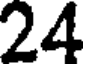
24